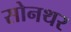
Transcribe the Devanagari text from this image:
सोनथर